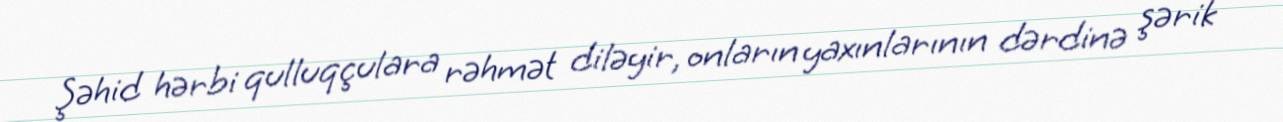
Şəhid hərbi qulluqçulara rəhmət diləyir, onların yaxınlarının dərdinə şərik